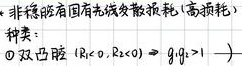
非稳腔固有基模发散损耗（高频耗）
$\sigma$ 对：
钟双凸腔 $(R_1<0, R_2<0) \Rightarrow g_1g_2>1$